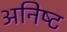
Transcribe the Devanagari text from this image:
अनिष्‍ट